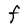
Character: F